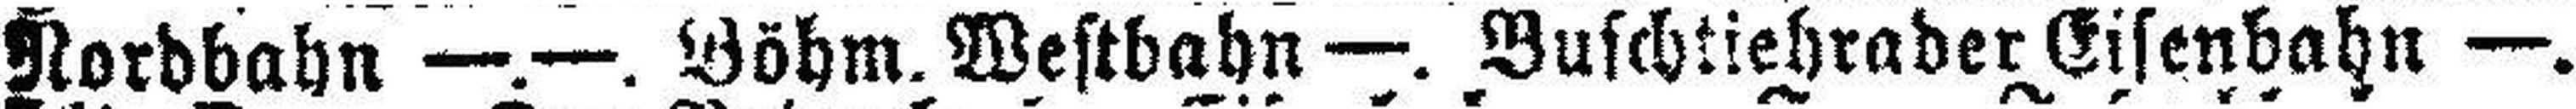
Nordbabn —.—. Böhm. Westbahn —. Buschtiehrader Eisenbahn —.